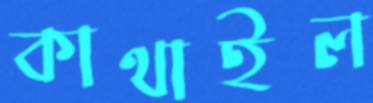
কাথাইল